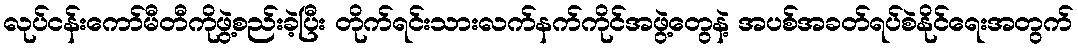
လုပ်ငန်းကော်မီတီကိုဖွဲ့စည်းခဲ့ပြီး တိုက်ရင်းသားလက်နက်ကိုင်အဖွဲ့တွေနဲ့ အပစ်အခတ်ရပ်စဲနိုင်ရေးအတွက်